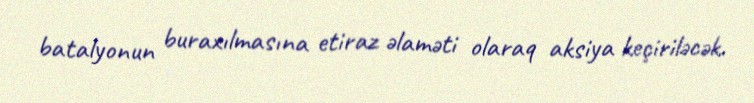
batalyonun buraxılmasına etiraz əlaməti olaraq aksiya keçiriləcək.